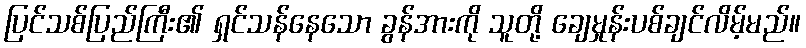
ပြင်သစ်ပြည်ကြီး၏ ရှင်သန်နေသော ခွန်အားကို သူတို့ ချေမှုန်းပစ်ချင်လိမ့်မည်။